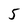
Character: 5